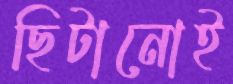
ছিটানোই